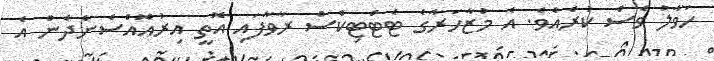
ހަވާލު ވެސް ކުރެއެވެ. އެ މުޒާހަރާގެ ޓެޓްޓިކްސް ރާވާފައި އޮތީ އިރުއޮއްސެންދެން އެ